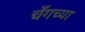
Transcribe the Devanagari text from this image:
चँगच्या